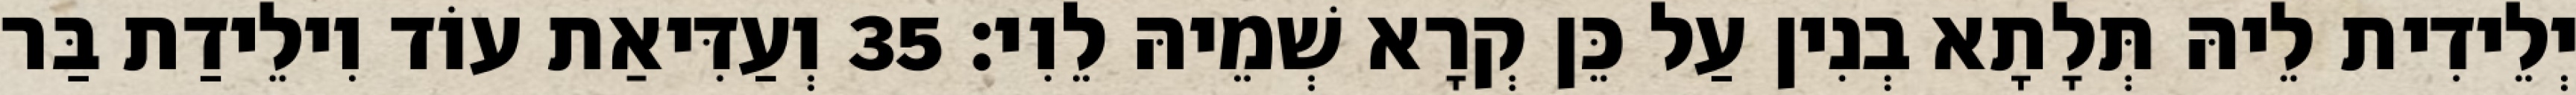
יְלֵידִית לֵיהּ תְּלָתָא בְנִין עַל כֵּן קְרָא שְׁמֵיהּ לֵוִי׃ 35 וְעַדִּיאַת עוֹד וִילֵידַת בַּר